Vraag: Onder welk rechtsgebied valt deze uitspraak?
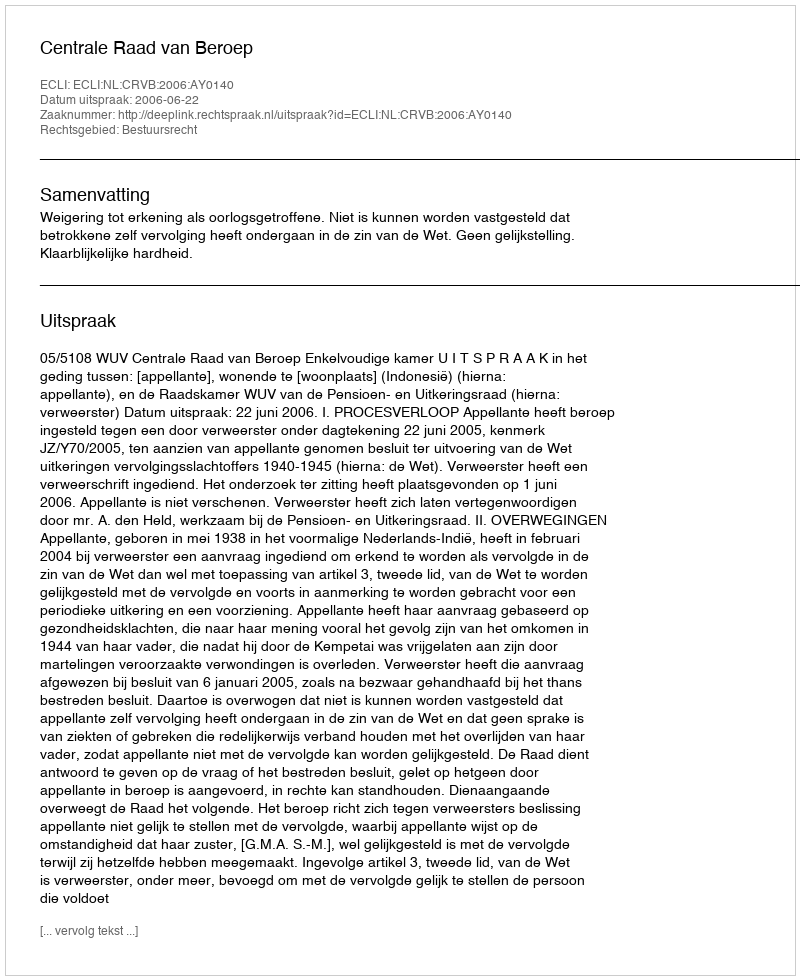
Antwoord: Bestuursrecht